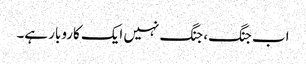
اب جنگ، جنگ نہیں ایک کاروبار ہے۔